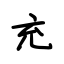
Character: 充